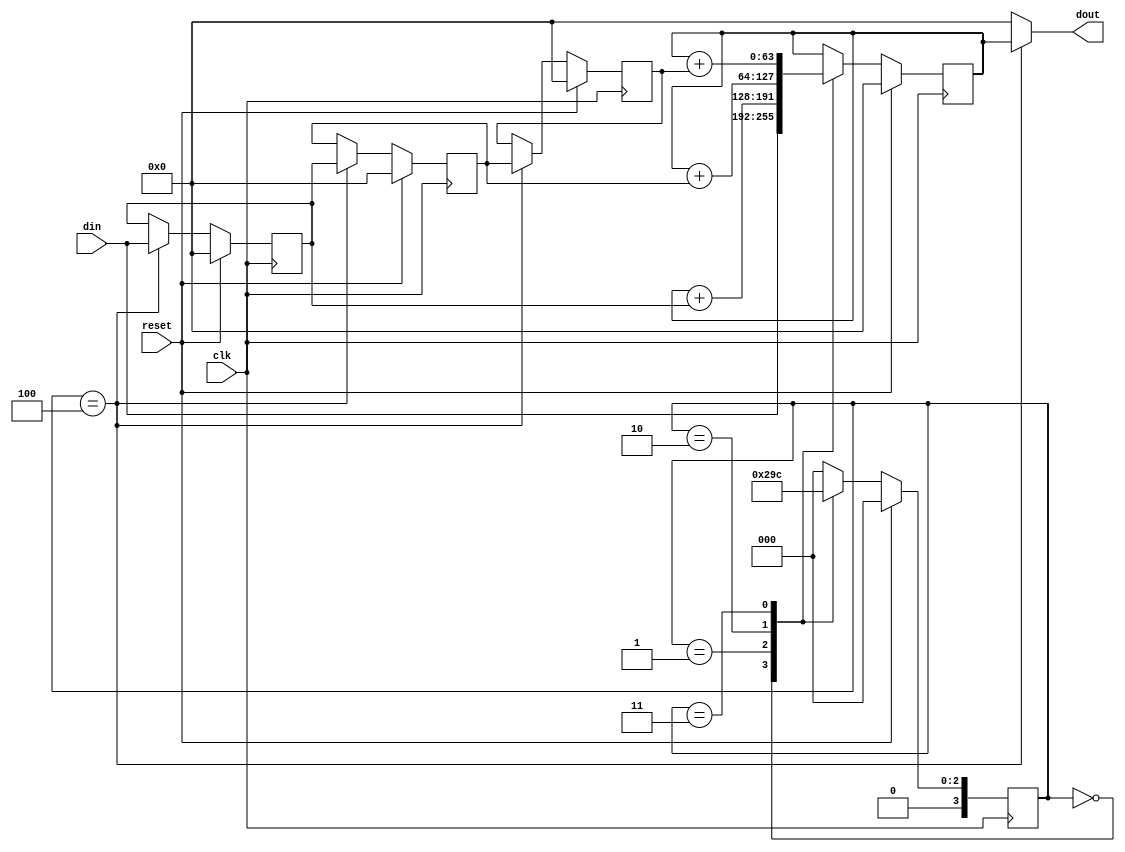
module movavg(input wire         clk,
	      input wire 	 reset,
	      input wire [63:0]  din,
	      output wire [63:0] dout);

   reg [63:0] 			  tap1, tap1_next;
   reg [63:0] 			  tap2, tap2_next;
   reg [63:0] 			  tap3, tap3_next;

   reg [3:0] state, state_next;
   reg [63:0] acc, acc_next;

   localparam S0 = 4'd0, S1 = 4'd1, S2 = 4'd2, S3 = 4'd3, S4 = 4'd4;

   always @(posedge clk)
     begin
	if (reset)
	  begin
	     tap1 <= 64'h0;
	     tap2 <= 64'h0;
	     tap3 <= 64'h0;
	     acc  <= 64'h0;
	     state <= S0;
	  end
	else
	  begin
	     tap1  <= tap1_next;
	     tap2  <= tap2_next;
	     tap3  <= tap3_next;
	     acc   <= acc_next;
	     state <= state_next;
	  end
     end // always @ (posedge clk)

   reg [63:0] doutreg;
   
   always @(*)

     begin
	state_next = state;
	acc_next   = acc;
	tap1_next  = tap1;
	tap2_next  = tap2;
	tap3_next  = tap3;	
	doutreg    = 64'h0;
	
	case (state)
     	  S0:
     	    begin
  	       acc_next   = din;
    	       state_next = S1;
	    end
	  S1:	
     	    begin
       	       acc_next   = acc + tap1;
       	       state_next = S2;  	
            end    
	  S2:
     	    begin
     	       acc_next   = acc + tap2;
       	       state_next = S3;  	
     	    end
	  S3:
     	    begin
     	       acc_next   = acc + tap3;
       	       state_next = S4;  	
     	    end
	  S4:
     	    begin
     	       doutreg    = acc;
	       tap1_next  = din;
	       tap2_next  = tap1;
	       tap3_next  = tap2;	
	       state_next = S0;
     	    end
	  default:
            state_next = S0;
	endcase
     end // always @ (*)
   
   assign dout = doutreg;
   
endmodule